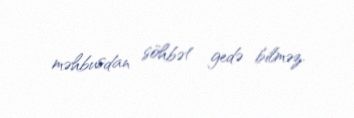
məhbusdan söhbət gedə bilməz.